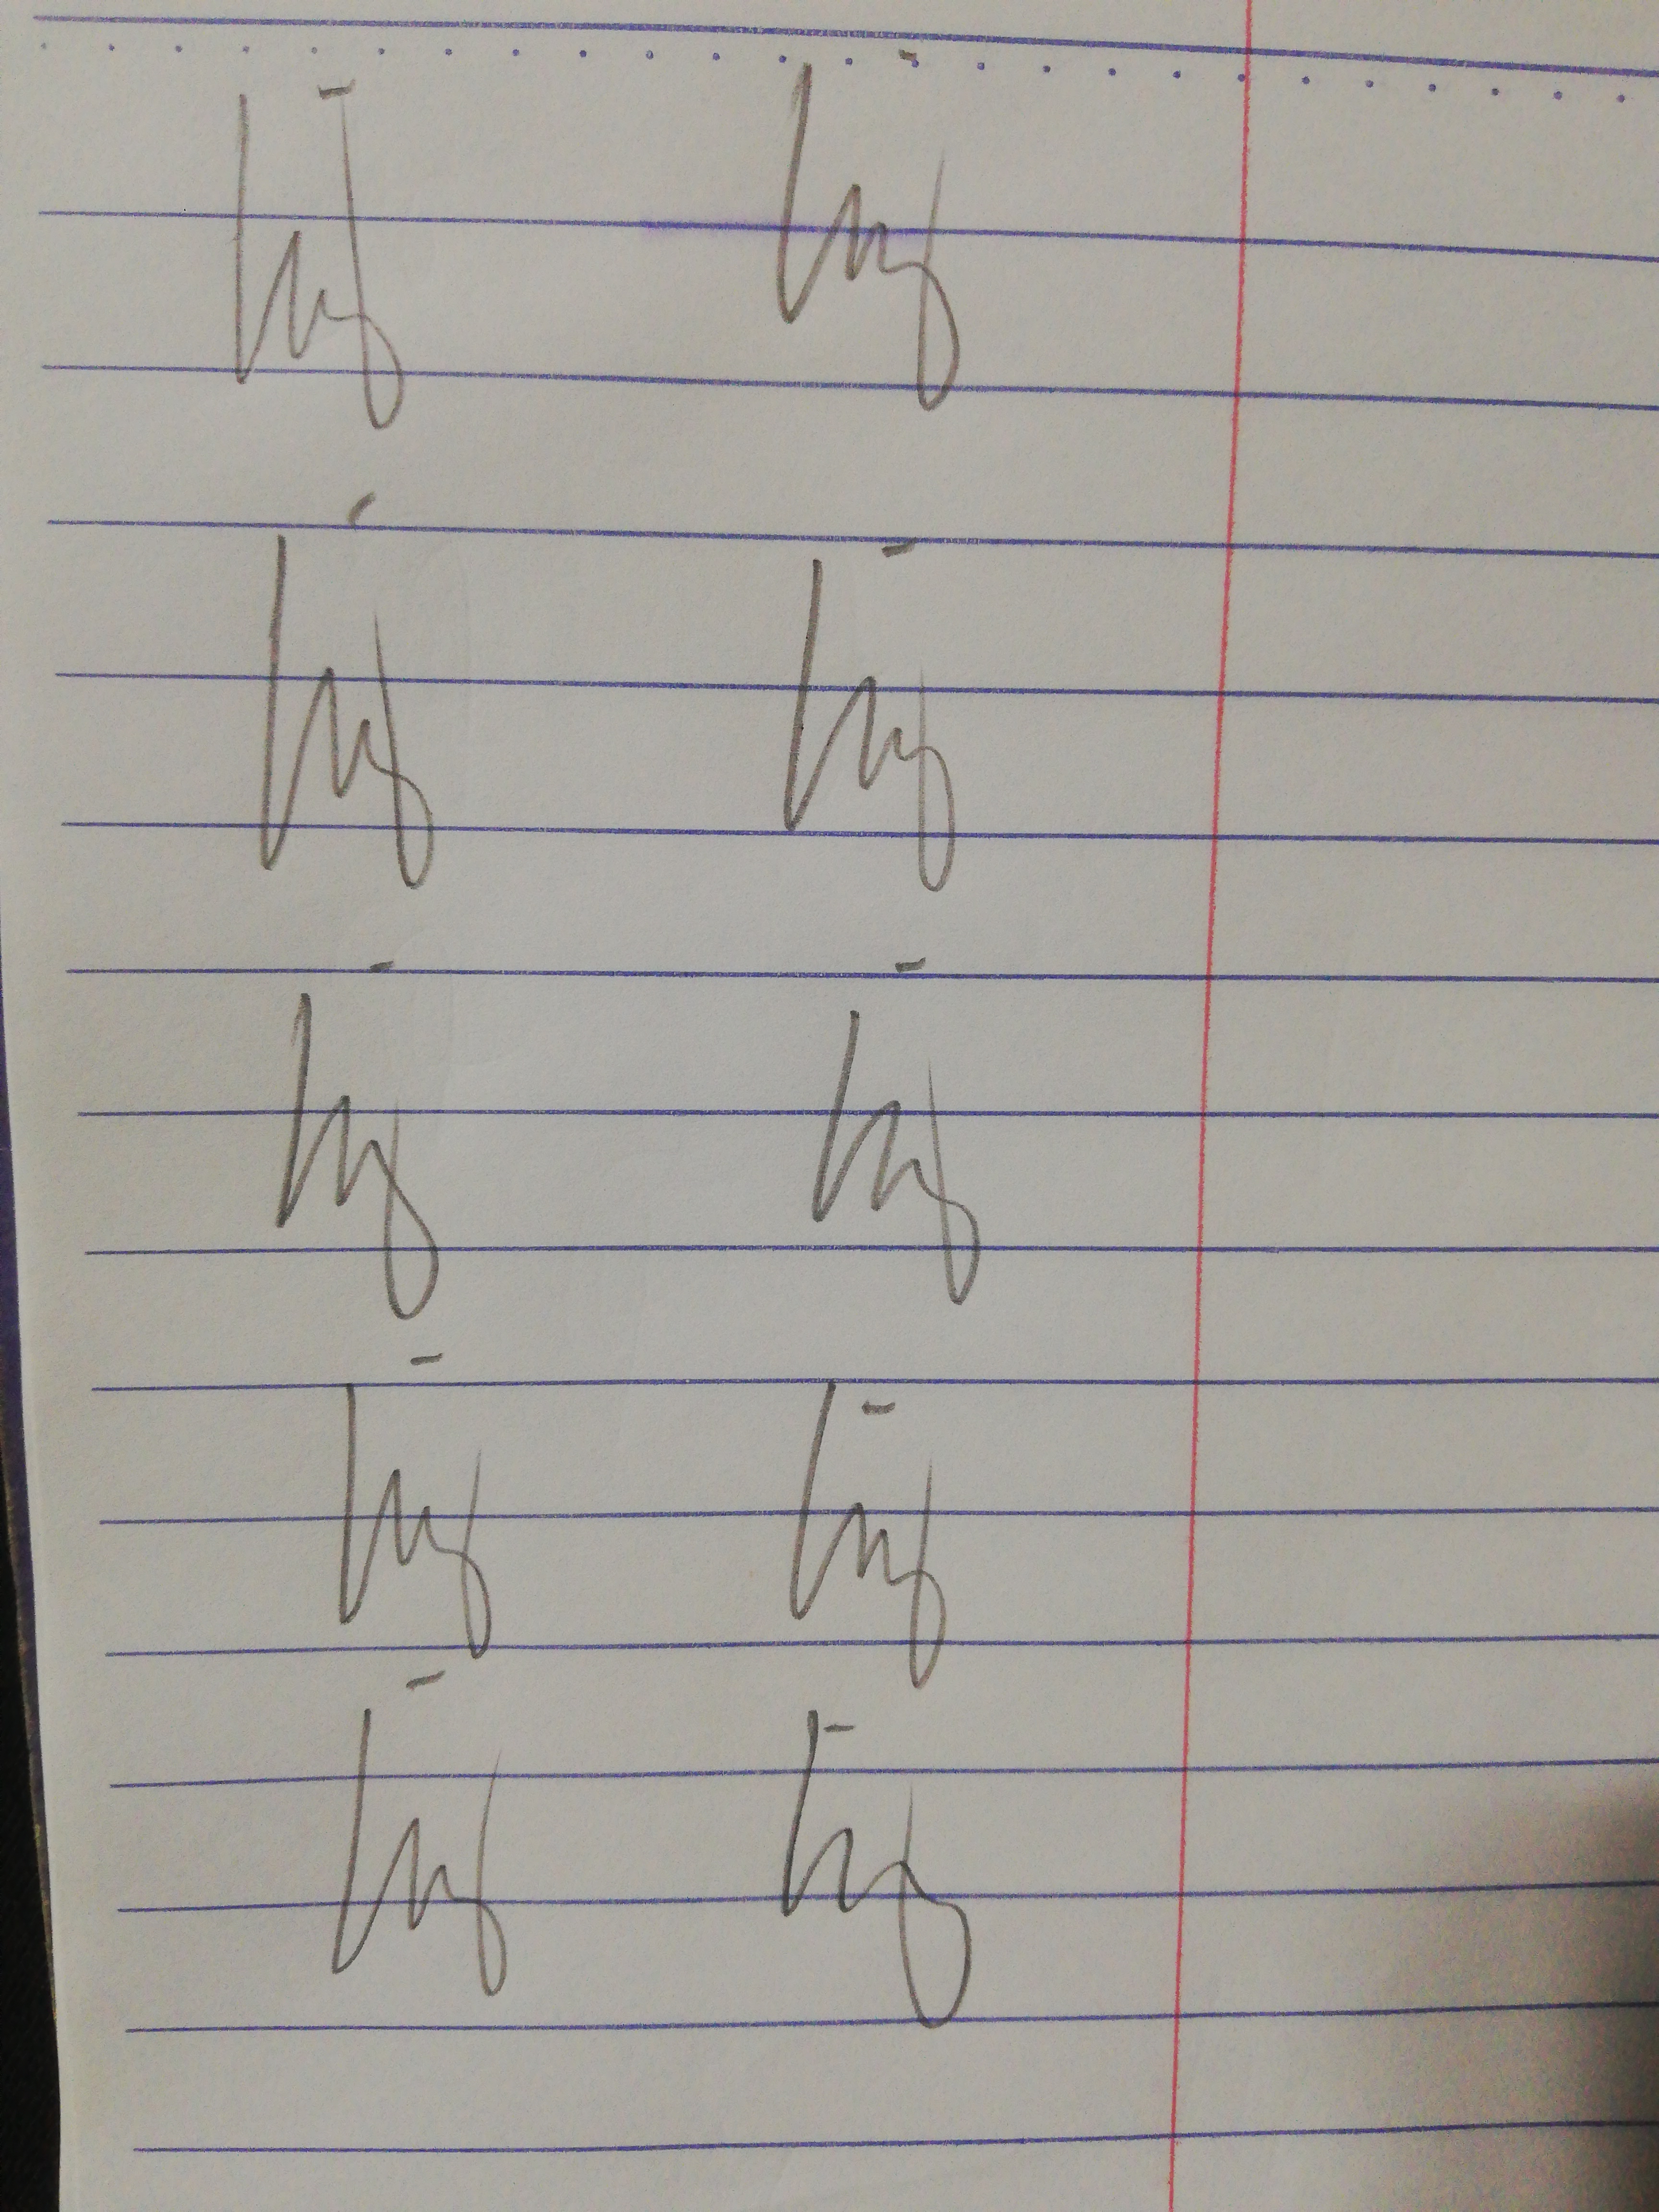
Signature authenticity: genuine